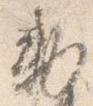
勅